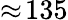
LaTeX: \approx\! 135